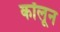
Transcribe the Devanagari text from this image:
कॉलून